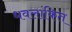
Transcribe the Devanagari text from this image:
धवलांकित